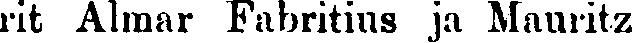
rit Almar Fabritins ja Mauritz